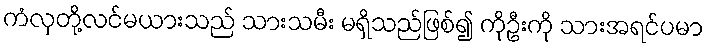
ကံလှတို့လင်မယားသည် သားသမီး မရှိသည်ဖြစ်၍ ကိုဦးကို သားအရင်ပမာ